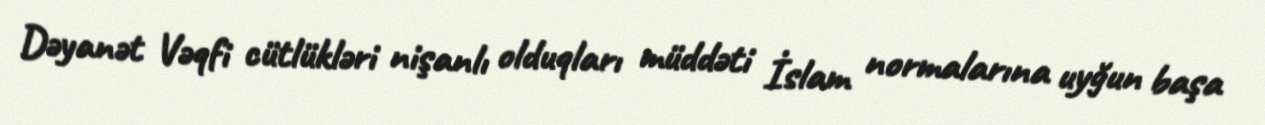
Dəyanət Vəqfi cütlükləri nişanlı olduqları müddəti İslam normalarına uyğun başa